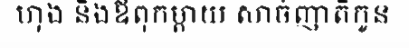
ហុង និងឪពុកម្តាយ សាច់ញាតិកូន